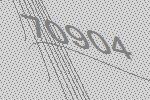
70904